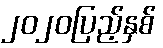
၂၀၂၀ပြည့်နှစ်